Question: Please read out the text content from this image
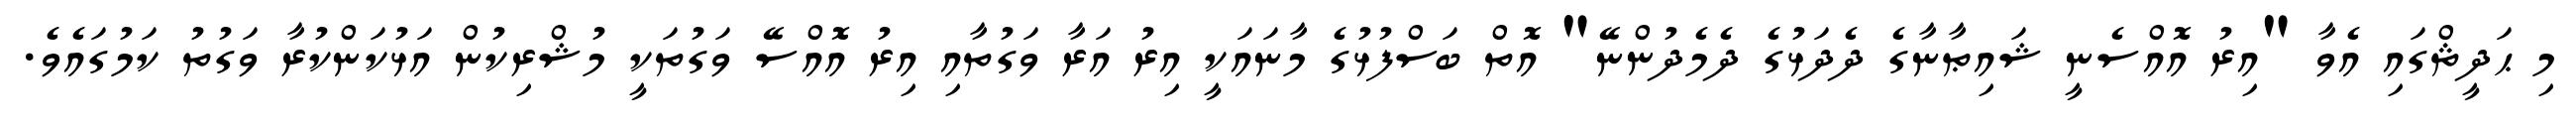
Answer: މި ޙަދީޘްގައި އެވާ "އިރު އޮއްސެނީ ޝައިޠާނާގެ ދެދަޅުގެ ދެމެދުންނޭ" އޮތް ބަސްފުޅުގެ މާނައަކީ އިރު އަރާ ވަގުތާއި އިރު އޮއްސޭ ވަގުތަކީ މުޝްރިކުން އަޅުކަންކުރާ ވަގުތު ކަމުގައެވެ.